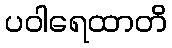
ပဝါရေထာတိ